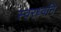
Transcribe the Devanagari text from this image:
स्वरध्वनि